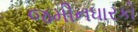
જમીનધારકો